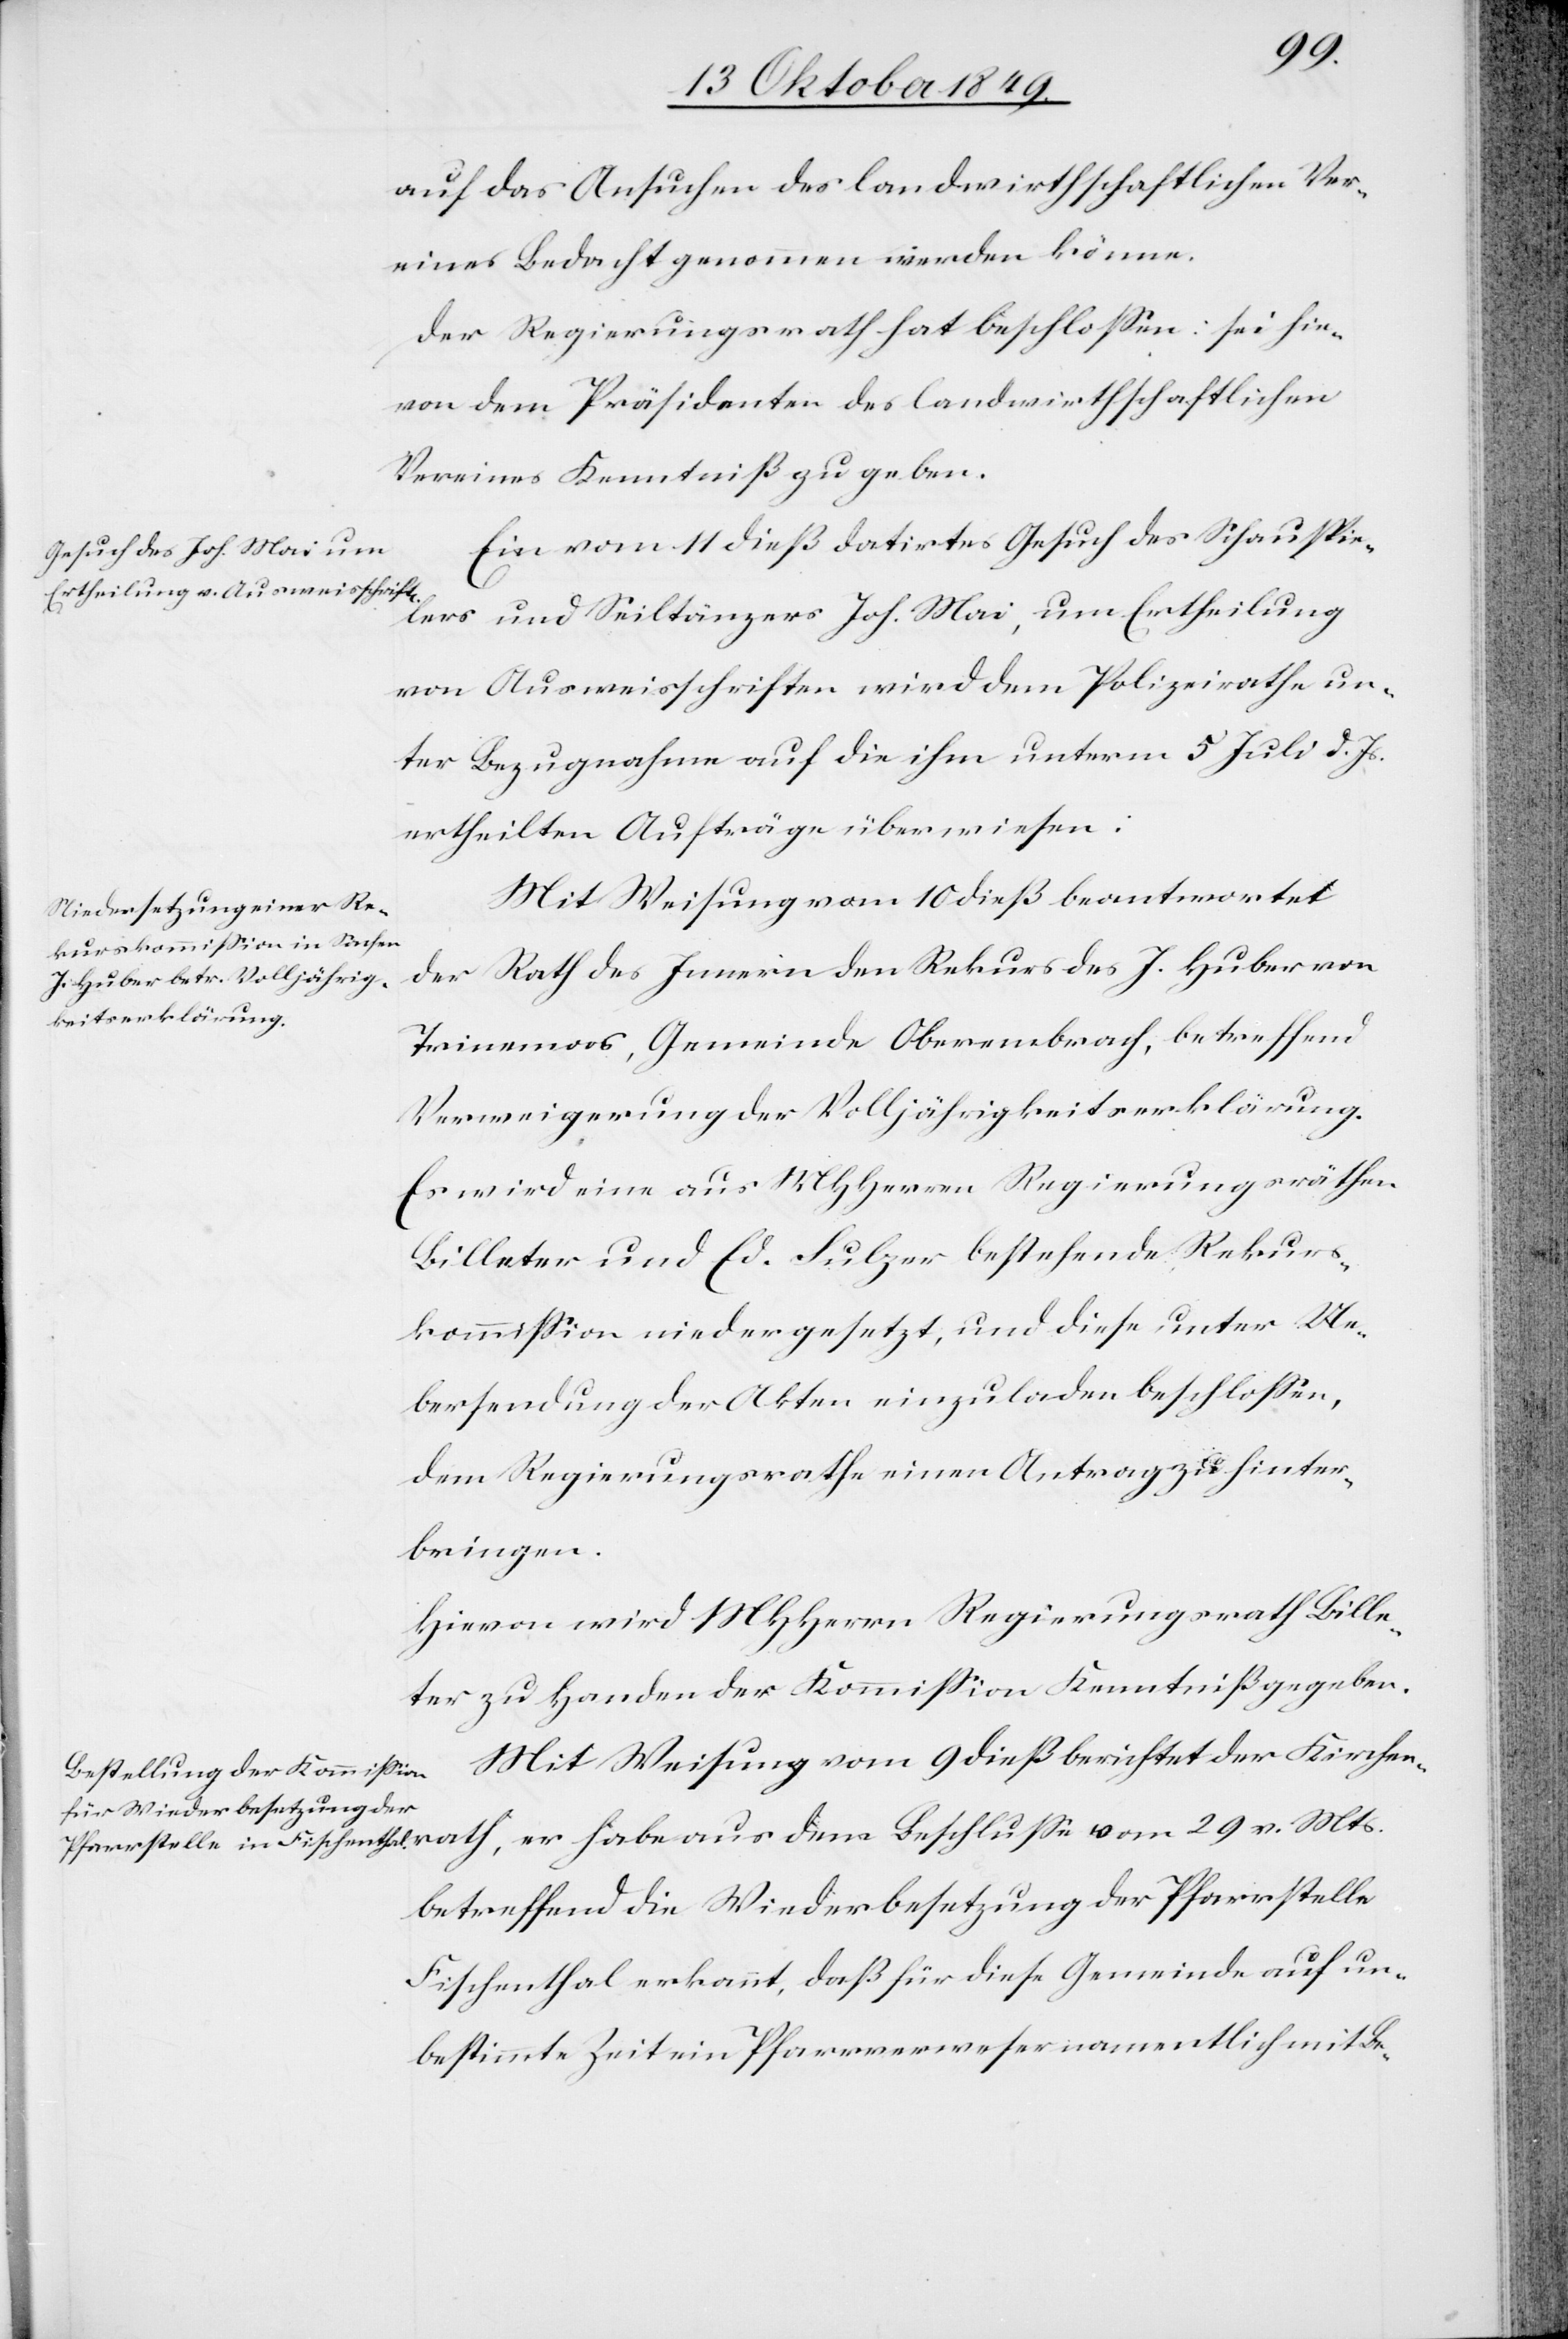
v.
auf das Ansuchen des landwirthschaftlichen Ver¬
eines Bedacht genommen werden könne.
Der Regierungsrath hat beschloßen: sei hie¬
von dem Präsidenten des landwirthschaftlichen
Vereines Kenntniß zu geben.
Ein vom 11 dieß datirtes Gesuch des Schauspie¬
lers und Seiltänzers Joh. Mai, um Ertheilung
von Ausweisschriften wird dem Polizeirathe un¬
ter Bezugnahme auf die ihm unterm 5 Juli d. Js.
ertheilten Aufträge überwiesen:
Mit Weisung vom 10 dieß beantwortet
Rath des Innern den Rekurs des J. Huber von
der
Trinemoos, Gemeinde Oberembrach, betreffend
Verweigerung der Volljährigkeitserklärung.
Es wird eine aus MHHerrn Regierungsräthen
Billeter und Ed. Sulzer bestehende Rekurs¬
kommißion niedergesetzt, und diese unter Ue¬
bersendung der Akten einzuladen beschloßen,
dem Regierungsrathe einen Antrag zu hinter¬
bringen.
Hievon wird MHHerrn Regierungsrath Bille¬
ter zu Handen der Kommißion Kenntniß gegeben.
Mit Weisung vom 9 dieß berichtet der Kirchen¬
betreffend die Wiederbesetzung der Pfarrstelle
Fischenthal erkannt, daß für diese Gemeinde auf un¬
bestimmte Zeit ein Pfarrverweser namentlich mit Be-